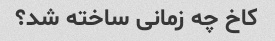
کاخ چه زمانی ساخته شد؟